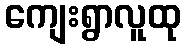
ကျေးရွာလူထု